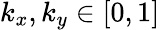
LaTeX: k_{x},k_{y}\in[0,1]